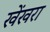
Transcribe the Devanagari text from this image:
खेंखरा